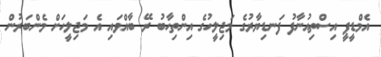
އެމްޑީޕީ އިސްތިއުނާފު ފަނޑިޔާރުގެ މަޖިލީހުގެ އިންތިހާބު ރޭ ބާއްވައި އެ މަޖިލީހަށް މެންބަރުން